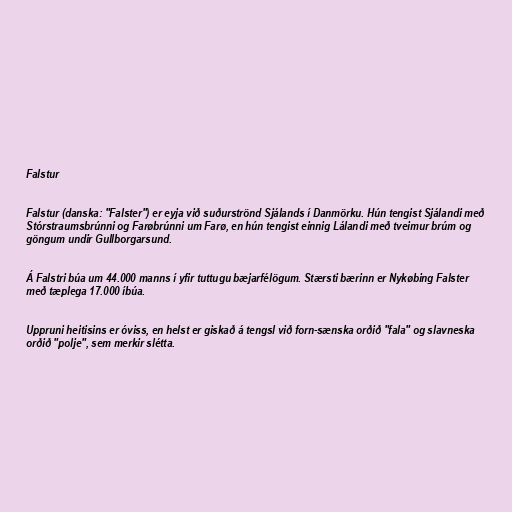
Falstur

Falstur (danska: "Falster") er eyja við suðurströnd Sjálands í Danmörku. Hún tengist Sjálandi með
Stórstraumsbrúnni og Farøbrúnni um Farø, en hún tengist einnig Lálandi með tveimur brúm og
göngum undir Gullborgarsund.

Á Falstri búa um 44.000 manns í yfir tuttugu bæjarfélögum. Stærsti bærinn er Nykøbing Falster
með tæplega 17.000 íbúa.

Uppruni heitisins er óviss, en helst er giskað á tengsl við forn-sænska orðið "fala" og slavneska
orðið "polje", sem merkir slétta.